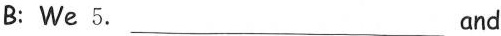
B:We 5.___and